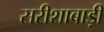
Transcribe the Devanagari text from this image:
सरीशाबाड़ी